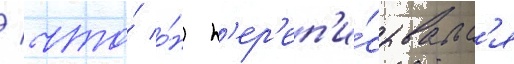
/ что́ о́н п'ер'еп'и́сывалс'я